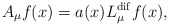
\begin{align*}A_{\mu}f(x)=a(x) L_{\mu}^{\rm dif}f(x),\end{align*}